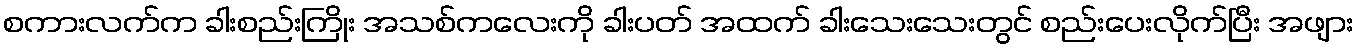
စကားလက်က ခါးစည်းကြိုး အသစ်ကလေးကို ခါးပတ် အထက် ခါးသေးသေးတွင် စည်းပေးလိုက်ပြီး အဖျား